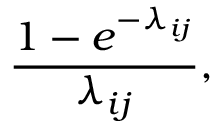
{ \frac { 1 - e ^ { - \lambda _ { i j } } } { \lambda _ { i j } } } ,